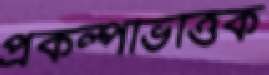
প্রকল্পভিত্তিক